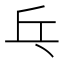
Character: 乓